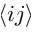
\langle i j \rangle